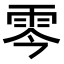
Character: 𩂇